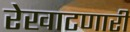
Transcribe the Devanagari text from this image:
रेखाटणारी